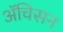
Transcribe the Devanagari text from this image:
ॲचिसन